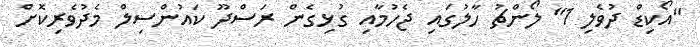
"އޯކިޑް ދުވެލި 1" ލޯންޗު ހާލުގައި ޖެހުމާއި ގުޅިގެން ރަސްދޫ ކައުންސިލް މެދުވެރިކޮށް